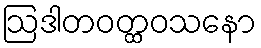
ဩဒါတဝတ္ထဝသနော